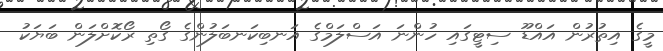
މީގެ އިތުރުން އައްޑޫ ސިޓީގައި ހުންނަ އަސްލަމްގެ އަނބިކަނބަލުންގެ ގޯތި ރޯކޮށްލަން ބަޔަކު